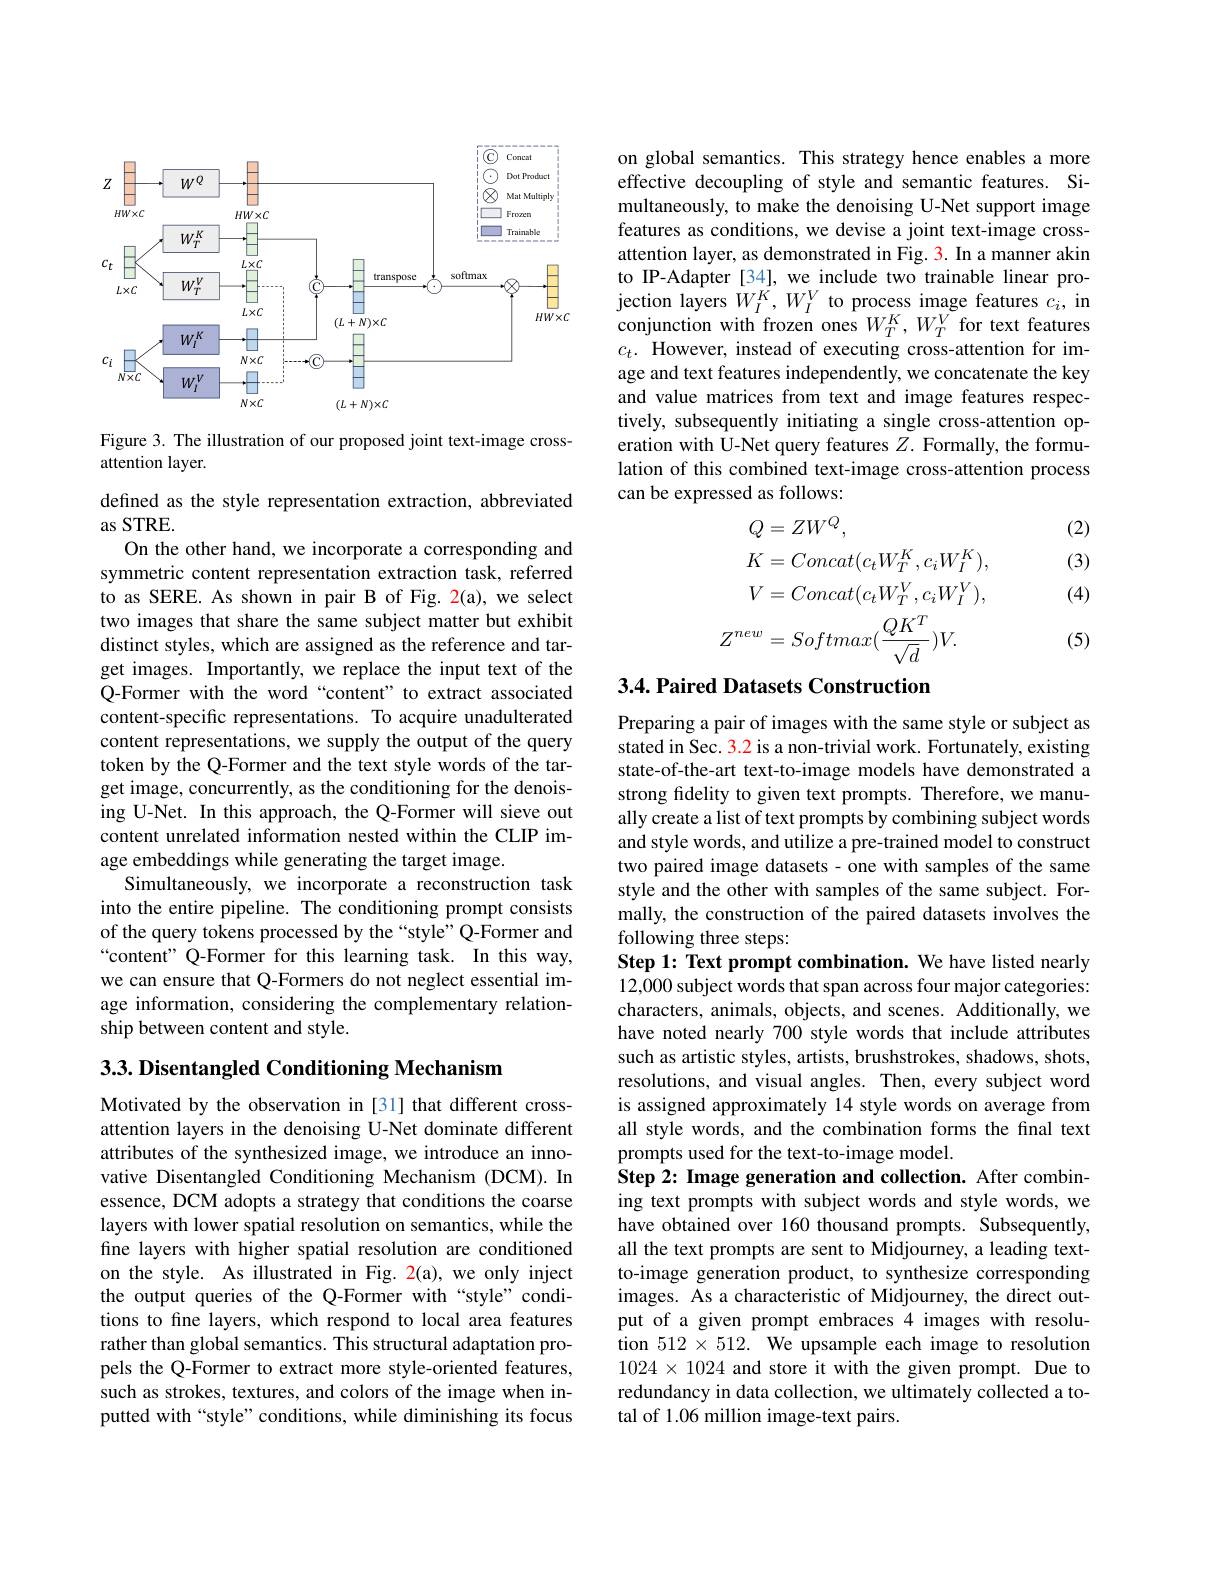
<FigureHere>

Figure 3. The illustration of our proposed joint text-image cross-
attention layer.

defined as the style representation extraction, abbreviated
as STRE.
On the other hand, we incorporate a corresponding and symmetric content representation extraction task, referred to as SERE. As shown in pair B of Fig. 2(a), we select two images that share the same subject matter but exhibit distinct styles, which are assigned as the reference and target images. Importantly, we replace the input text of the Q-Former with the word “content”to extract associated content-specific representations. To acquire unadulterated content representations, we supply the output of the query token by the Q-Former and the text style words of the target image, concurrently, as the conditioning for the denoising U-Net. In this approach, the Q-Former will sieve out content unrelated information nested within the CLIP image embeddings while generating the target image.
Simultaneously, we incorporate a reconstruction task into the entire pipeline. The conditioning prompt consists of the query tokens processed by the “style”Q-Former and “content”Q-Former for this learning task. In this way, we can ensure that Q-Formers do not neglect essential image information, considering the complementary relationship between content and style.

$3. 3. \textbf{Disentangled Conditioning Mechanism}$

Motivated by the observation in [31] that different crossattention layers in the denoising U-Net dominate different attributes of the synthesized image, we introduce an innovative Disentangled Conditioning Mechanism (DCM).In essence, DCM adopts a strategy that conditions the coarse layers with lower spatial resolution on semantics, while the fine layers with higher spatial resolution are conditioned on the style. As illustrated in Fig. 2(a), we only inject the output queries of the Q-Former with “style”conditions to fne layers, which respond to local area features rather than global semantics. This structural adaptation propels the Q-Former to extract more style-oriented features, such as strokes, textures, and colors of the image when inputted with “style”conditions, while diminishing its focus

on global semantics. This strategy hence enables a more effective decoupling of style and semantic features. Simultaneously, to make the denoising U-Net support image features as conditions, we devise a joint text-image crossattention layer, as demonstrated in Fig. 3. In a manner akin to IP-Adapter[34], we include two trainable linear projection layers $W_I^K,W_I^V$ to process image features $c_i$, in conjunction with frozen ones $W_{T}^{K},W_{T}^{V}$ for text features $c_t.$ However, instead of executing cross-attention for image and text features independently, we concatenate the key and value matrices from text and image features respectively, subsequently initiating a single cross-attention operation with U-Net query features $Z.$ Formally, the formulation of this combined text-image cross-attention process can be expressed as follows:

(2)

(3)
$$\begin{aligned}&Q=ZW^{Q},\\&K=Concat(c_{t}W_{T}^{K},c_{i}W_{I}^{K}),\\&V=Concat(c_{t}W_{T}^{V},c_{i}W_{I}^{V}),\\&Z^{new}=Softmax(\frac{QK^{T}}{\sqrt{d}})V.\end{aligned}$$
(4)

(5)

## 3.4. Paired Datasets Construction

Preparing a pair of images with the same style or subject as stated in Sec. 3.2 is a non-trivial work. Fortunately, existing state-of-the-art text-to-image models have demonstrated a strong fdelity to given text prompts. Therefore, we manually create a list of text prompts by combining subject words and style words, and utilize a pre-trained model to construct two paired image datasets - one with samples of the same style and the other with samples of the same subject. Formally, the construction of the paired datasets involves the following three steps:
Step 1: Text prompt combination. We have listed nearly 12,000 subject words that span across four major categories: characters, animals, objects, and scenes. Additionally, we have noted nearly 700 style words that include attributes such as artistic styles, artists, brushstrokes, shadows, shots, resolutions, and visual angles. Then, every subject word is assigned approximately 14 style words on average from all style words, and the combination forms the final text prompts used for the text-to-image model.
Step 2: Image generation and collection. After combining text prompts with subject words and style words, we have obtained over 160 thousand prompts. Subsequently, all the text prompts are sent to Midjourney, a leading textto-image generation product, to synthesize corresponding images. As a characteristic of Midjourney, the direct output of a given prompt embraces 4 images with resolution $512\times512.$ We upsample each image to resolution $1024\times1024$ and store it with the given prompt. Due to redundancy in data collection, we ultimately collected a total of 1.06 million image-text pairs.